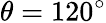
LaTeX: \theta=120^{\circ}